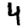
Digit: 4